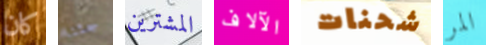
كان جئنا المشترين الآلاف شحنات المر